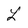
Character: L